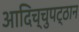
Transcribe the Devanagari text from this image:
आदिच्चुपट्ठान